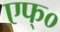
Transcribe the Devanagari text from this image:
एफ्‌०